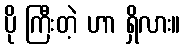
ပို ကြီးတဲ့ ဟာ ရှိလား။